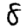
Digit: 8